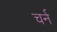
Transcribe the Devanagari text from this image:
चर्न